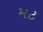
મટ